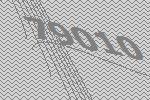
79010